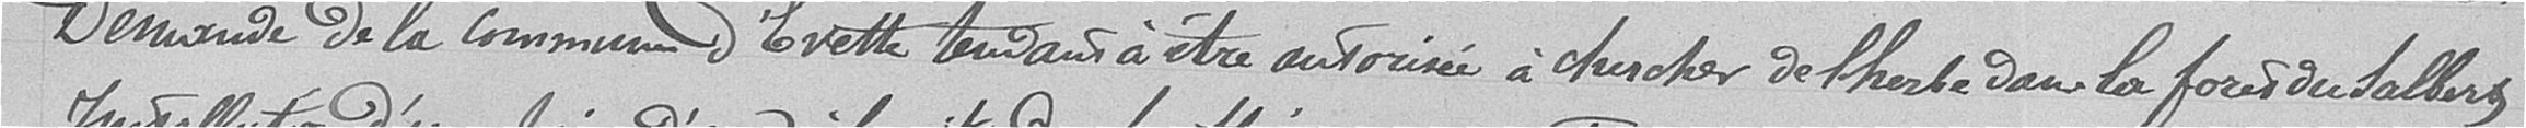
Demande de la commune d'Evette tendant à être autorisée à chercher de l'herbe dans la forêt du Salbert